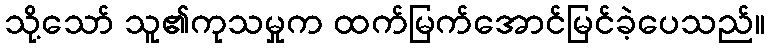
သို့သော် သူ၏ကုသမှုက ထက်မြက်အောင်မြင်ခဲ့ပေသည်။